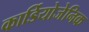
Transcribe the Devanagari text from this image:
कार्डियोजेनिक